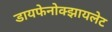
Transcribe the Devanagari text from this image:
डायफेनोक्झायलेट